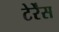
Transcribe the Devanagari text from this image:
टेर्रेंस